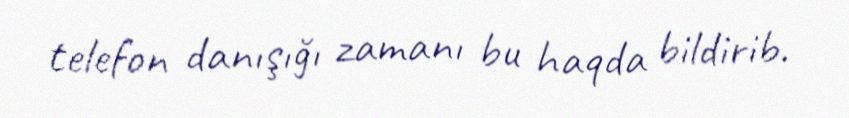
telefon danışığı zamanı bu haqda bildirib.